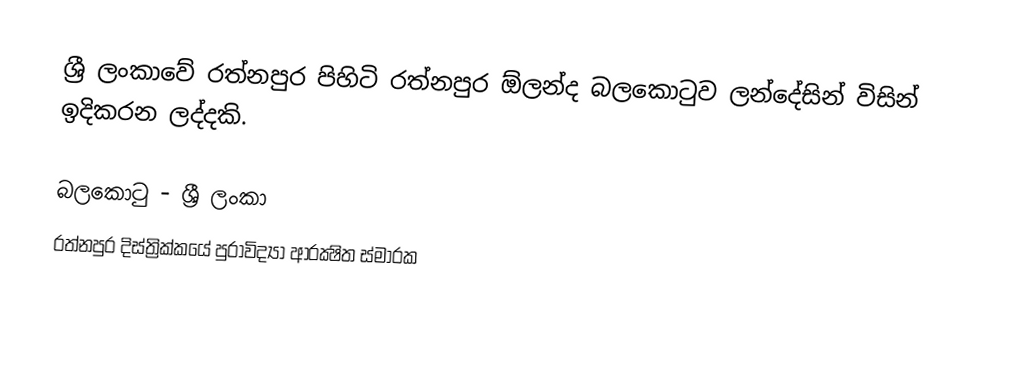
ශ්‍රී ලංකාවේ රත්නපුර පිහිටි රත්නපුර ඕලන්ද බලකොටුව  ලන්දේසින් විසින් ඉදිකරන ලද්දකි.

බලකොටු - ශ්‍රී ලංකා
රත්නපුර දිස්ත්‍රික්කයේ පුරාවිද්‍යා ආරක්‍ෂිත ස්මාරක